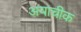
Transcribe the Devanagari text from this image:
अयाचीक